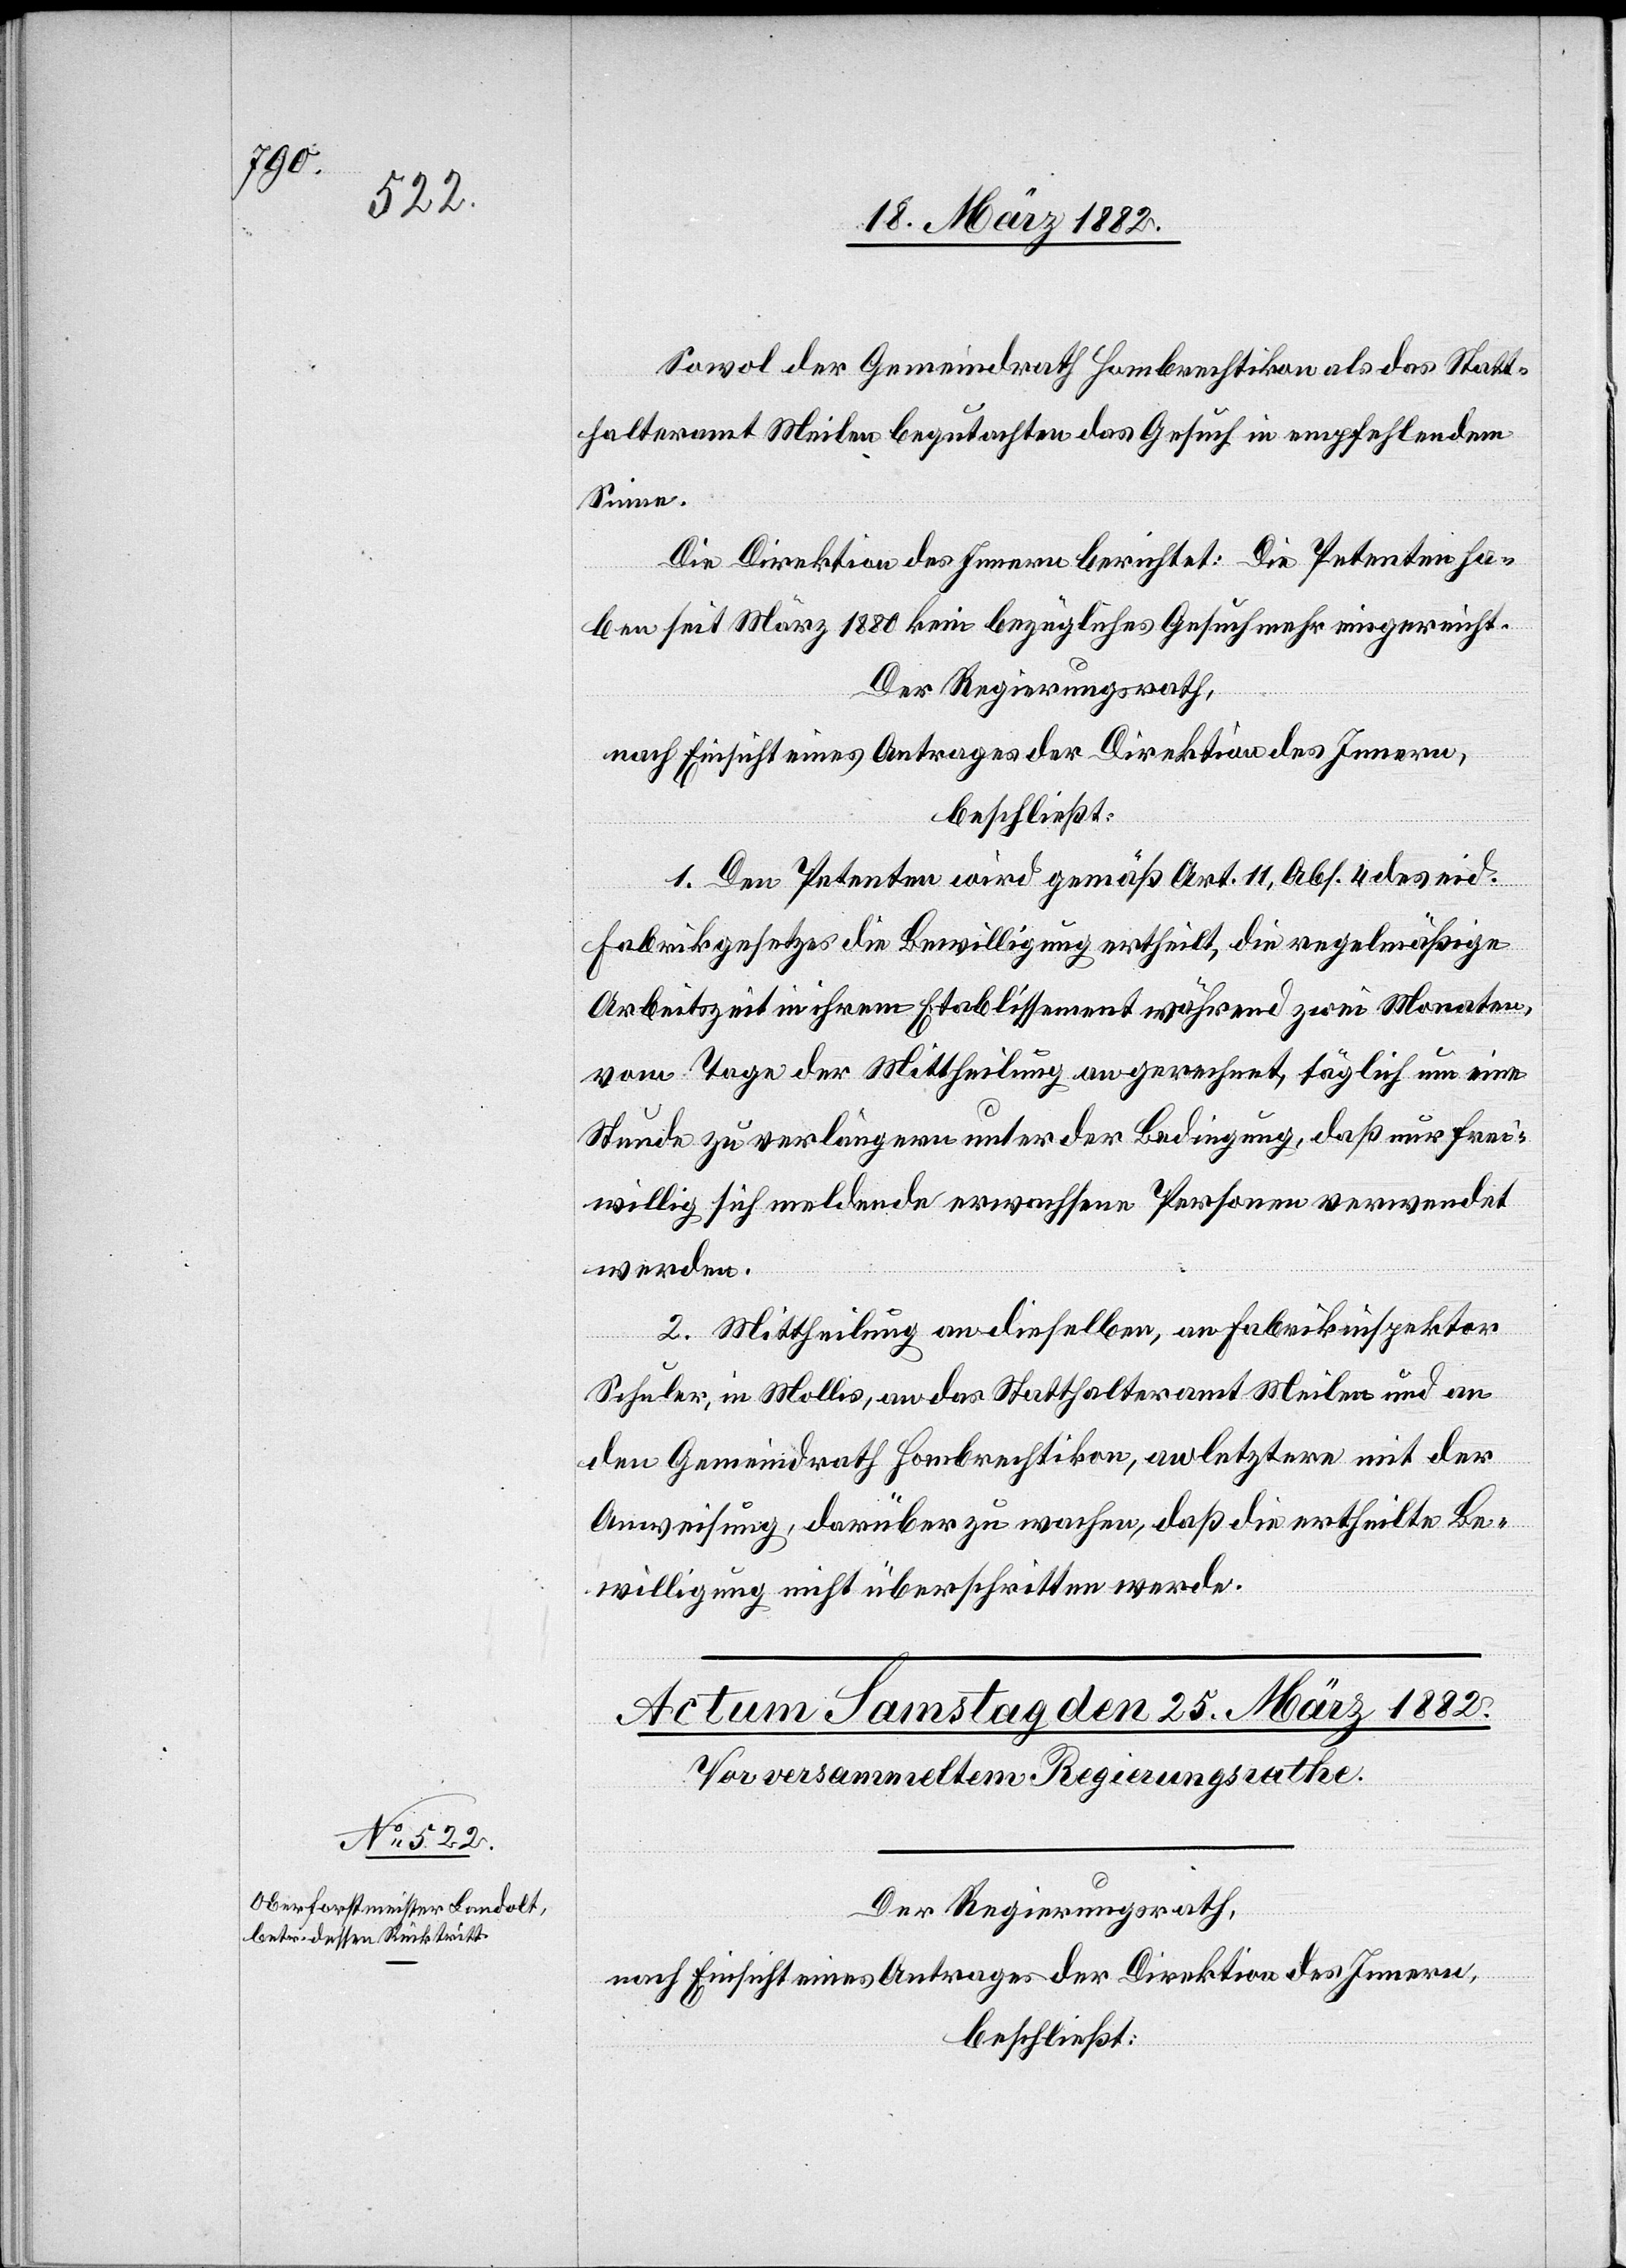
Sowol der Gemeindrath Hombrechtikon als das Statt¬
halteramt Meilen begutachten das Gesuch im empfehlenden
Sinne.
Die Direktion des Innern berichtet: Die Petenten ha¬
ben seit März 1880 kein bezügliches Gesuch mehr eingereicht.
Der Regierungsrath,
nach Einsicht eines Antrages der Direktion des Innern,
beschließt:
1. Den Petenten wird gemäß Art. 11, Abs. 4 des eid.
Fabrikgesetzes die Bewilligung ertheilt, die regelmäßige
Arbeitszeit in ihrem Etablissement während zwei Monaten,
vom Tage der Mittheilung an gerechnet, täglich um eine
Stunde zu verlängern unter der Bedingung, daß nur frei¬
willig sich meldende erwachsene Personen verwendet
werden.
2. Mittheilung an dieselben, an Fabrikinspektor
Schuler, in Mollis, an das Statthalteramt Meilen und an
den Gemeindrath Hombrechtikon, an letztern mit der
Anweisung, darüber zu wachen, daß die ertheilte Be¬
willigung nicht überschritten werde.
Der Regierungsrath,
nach Einsicht eines Antrages der Direktion des Innern,
beschließt: